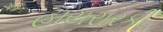
હાયરારકી